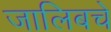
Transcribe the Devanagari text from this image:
जालिबचे